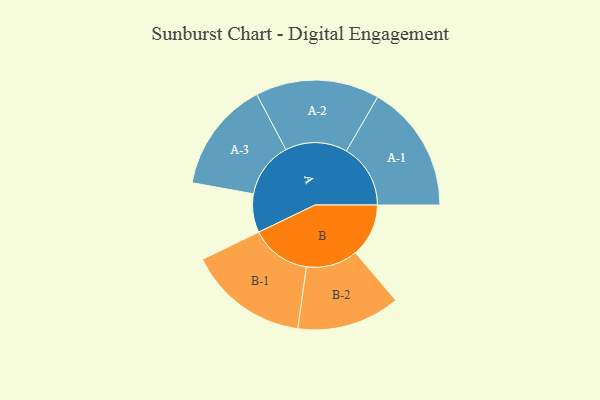
{"axis": {"x": "Segment", "y": "Value"}, "legend": ["", "A", "B"], "data": [{"x": "A", "y": 163, "type": ""}, {"x": "B", "y": 225, "type": ""}, {"x": "A-1", "y": 271, "type": "A"}, {"x": "A-2", "y": 262, "type": "A"}, {"x": "A-3", "y": 235, "type": "A"}, {"x": "B-1", "y": 255, "type": "B"}, {"x": "B-2", "y": 218, "type": "B"}]}